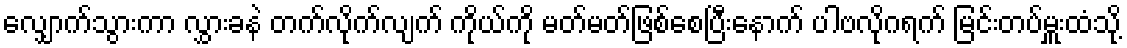
လျှောက်သွားကာ လွှားခနဲ တက်လိုက်လျက် ကိုယ်ကို မတ်မတ်ဖြစ်စေပြီးနောက် ပါဗလိုဂရက် မြင်းတပ်မှူးထံသို့